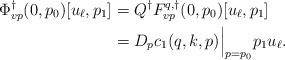
LaTeX: \begin{align*}\Phi^\dagger_{vp}(0,p_0)[u_\ell,p_1] &= Q^\dagger F^{q,\dagger}_{vp}(0,p_0)[u_\ell,p_1]\\&=D_p c_1(q,k,p)\Big|_{p=p_0}p_1u_\ell.\end{align*}